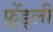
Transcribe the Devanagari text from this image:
फ़्रेंड्ली